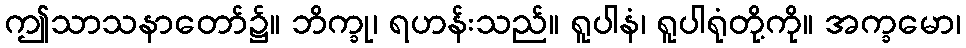
ဤသာသနာတော်၌။ ဘိက္ခု၊ ရဟန်းသည်။ ရူပါနံ၊ ရူပါရုံတို့ကို။ အက္ခမော၊